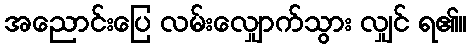
အညောင်းပြေ လမ်းလျှောက်သွား လျှင် ရ၏။